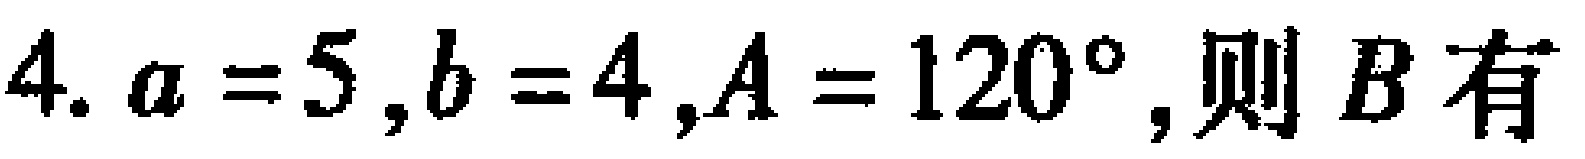
$4. a = 5,b = 4,A = 120^{\circ},则\ B有$